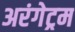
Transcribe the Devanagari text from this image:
अरंगेट्रम